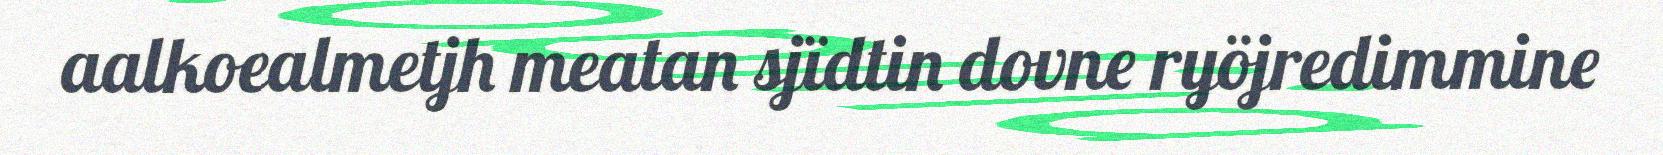
aalkoealmetjh meatan sjïdtin dovne ryöjredimmine